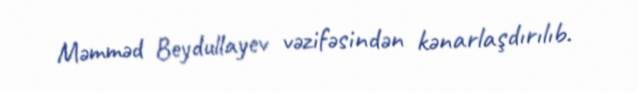
Məmməd Beydullayev vəzifəsindən kənarlaşdırılıb.